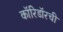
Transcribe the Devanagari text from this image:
कॉरिडॉरची